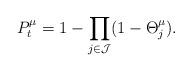
LaTeX: \begin{align*} P_t^{\mu} = 1-\prod_{j\in \mathcal{J}}(1-\Theta_j^{\mu}). \end{align*}